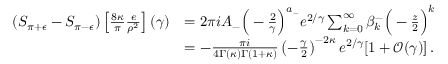
\begin{array} { r l } { ( S _ { \pi + \epsilon } - S _ { \pi - \epsilon } ) \left[ \frac { 8 \kappa } { \pi } \frac { e } { \rho ^ { 2 } } \right] ( \gamma ) } & { = 2 \pi i A _ { - } \Big ( - \frac { 2 } { \gamma } \Big ) ^ { a _ { - } } e ^ { 2 / \gamma } \sum _ { k = 0 } ^ { \infty } \beta _ { k } ^ { - } \Big ( - \frac { z } { 2 } \Big ) ^ { k } } \\ & { = - \frac { \pi i } { 4 \Gamma ( \kappa ) \Gamma ( 1 + \kappa ) } \left( - \frac { \gamma } { 2 } \right) ^ { - 2 \kappa } e ^ { 2 / \gamma } [ 1 + \mathcal { O } ( \gamma ) ] \, . } \end{array}